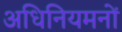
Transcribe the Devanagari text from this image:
अधिनियमनों